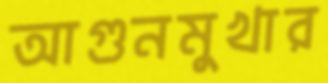
আগুনমুখার